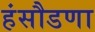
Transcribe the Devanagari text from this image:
हंसौडणा